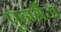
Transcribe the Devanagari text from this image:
पुनर्बैज